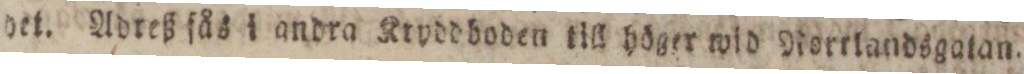
det. Adreß fås i andra Kryddboden till höger wid Nortlandsgatan.